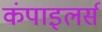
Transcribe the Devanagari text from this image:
कंपाइलर्स